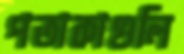
পতাকাগুলি